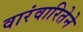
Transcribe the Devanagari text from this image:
वारंवारितेने